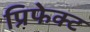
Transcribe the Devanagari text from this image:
प्रिफेक्ट